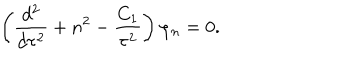
LaTeX: \left( { \frac { d ^ { 2 } } { d \tau ^ { 2 } } } + n ^ { 2 } - { \frac { C _ { 1 } } { \tau ^ { 2 } } } \right) \varphi _ { n } = 0 .